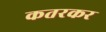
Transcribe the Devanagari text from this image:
कतरकर